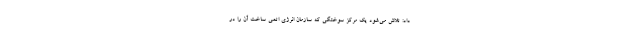
داد: تلاش می‌شود یک مرکز سوختگی که سازمان انرژی اتمی ساخت آن را در